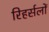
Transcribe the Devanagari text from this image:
रिहर्सलों